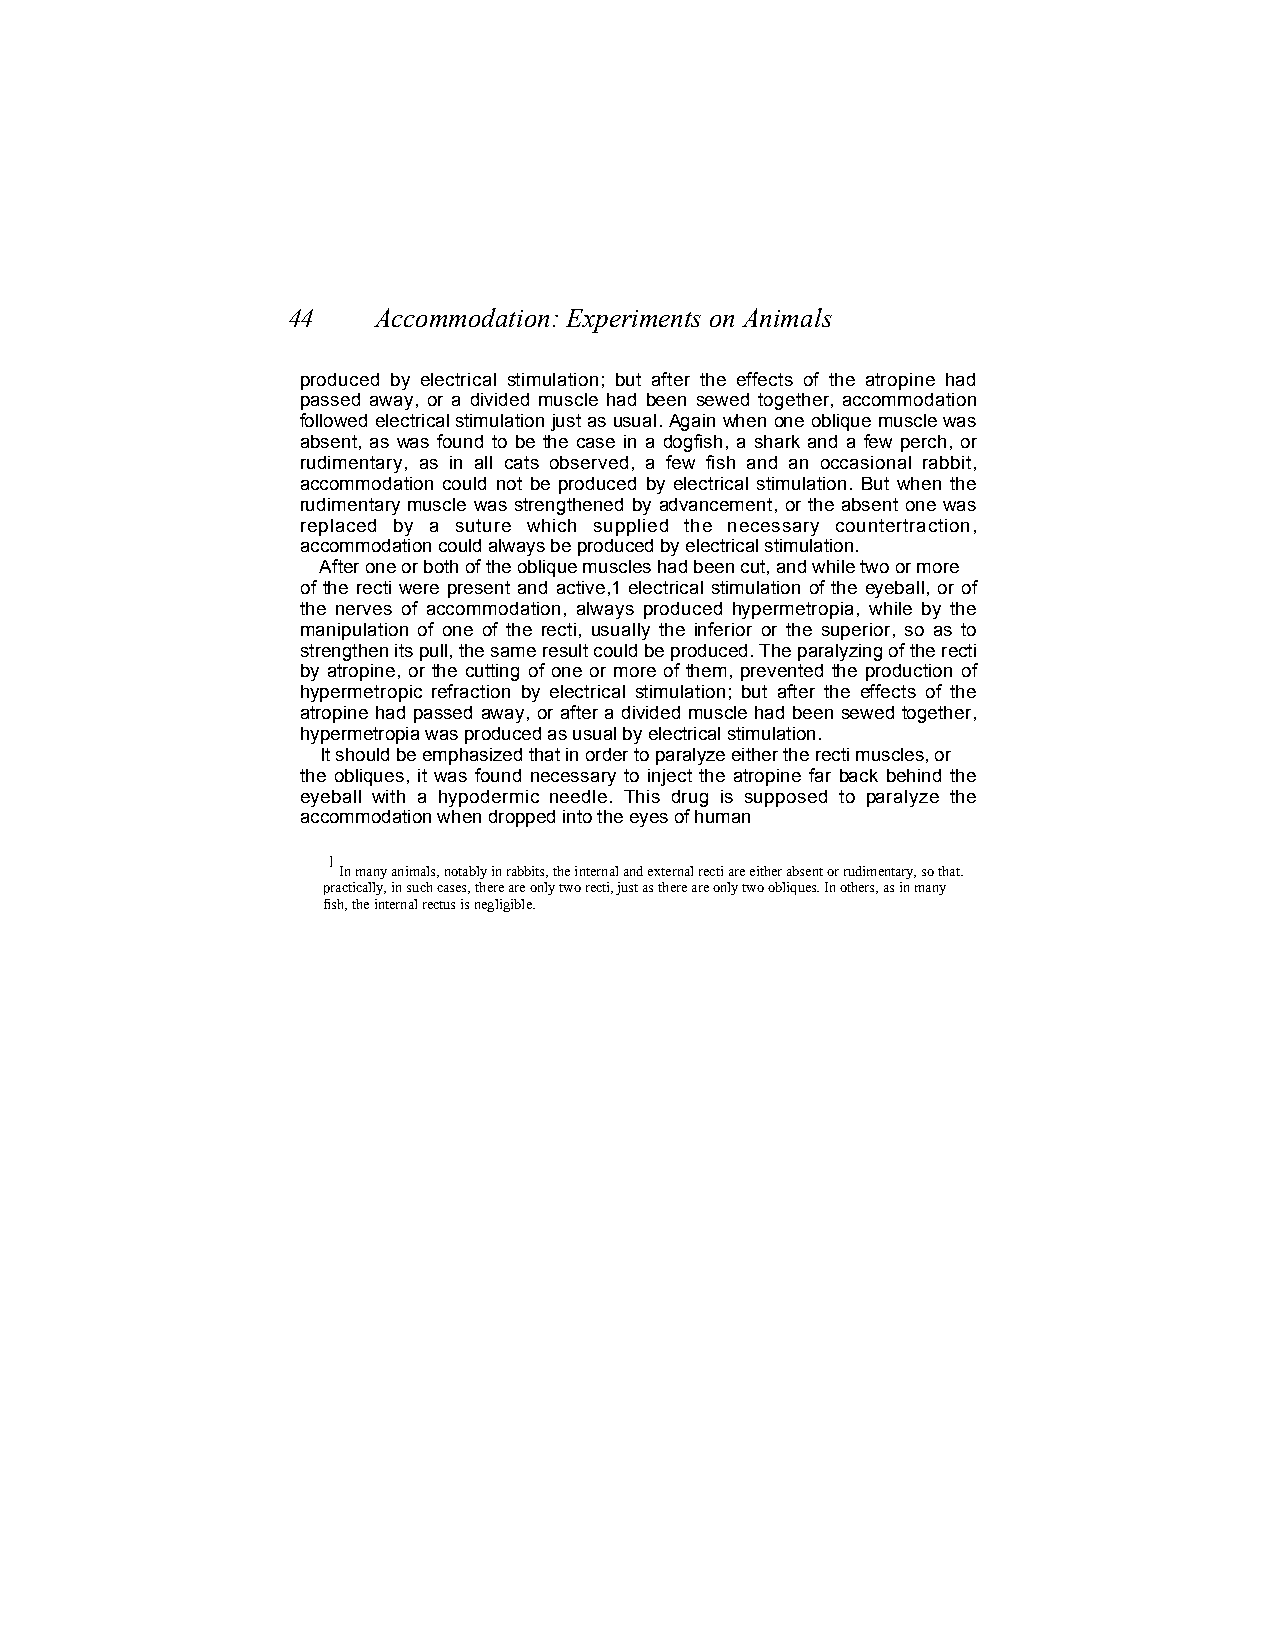
44    Accommodation: Experiments on Animals
 produced by electrical stimulation; but after the effects of the atropine had
 passed away, or a divided muscle had been sewed together, accommodation
 followed electrical stimulation just as usual. Again when one oblique muscle was
 absent, as was found to be the case in a dogfish, a shark and a few perch, or
 rudimentary, as in all cats observed, a few fish and an occasional rabbit,
 accommodation could not be produced by electrical stimulation. But when the
 rudimentary muscle was strengthened by advancement, or the absent one was
 replaced by a suture which supplied the necessary countertraction,
 accommodation could always be produced by electrical stimulation.
 After one or both of the oblique muscles had been cut, and while two or more
 of the recti were present and active,1 electrical stimulation of the eyeball, or of
 the nerves of accommodation, always produced hypermetropia, while by the
 manipulation of one of the recti, usually the inferior or the superior, so as to
 strengthen its pull, the same result could be produced. The paralyzing of the recti
 by atropine, or the cutting of one or more of them, prevented the production of
 hypermetropic refraction by electrical stimulation; but after the effects of the
 atropine had passed away, or after a divided muscle had been sewed together,
 hypermetropia was produced as usual by electrical stimulation.
 It should be emphasized that in order to paralyze either the recti muscles, or
 the obliques, it was found necessary to inject the atropine far back behind the
 eyeball with a hypodermic needle. This drug is supposed to paralyze the
 accommodation when dropped into the eyes of human
 1
 In many animals, notably in rabbits, the internal and external recti are either absent or rudimentary, so that.
 practically, in such cases, there are only two recti, just as there are only two obliques. In others, as in many
 fish, the internal rectus is negligible.